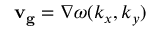
{ \bf v _ { g } } = \nabla \omega ( { k _ { x } , k _ { y } } )